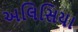
અલિસિયા